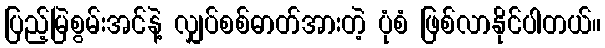
ပြည့်မြဲစွမ်းအင်နဲ့ လျှပ်စစ်ဓာတ်အားတဲ့ ပုံစံ ဖြစ်လာနိုင်ပါတယ်။